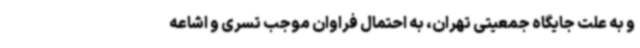
و به علت جایگاه جمعیتی تهران، به احتمال فراوان موجب تسری و اشاعه